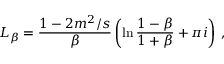
L _ { \beta } = \frac { 1 - 2 m ^ { 2 } / s } { \beta } \left( \ln \frac { 1 - \beta } { 1 + \beta } + \pi i \right) \, ,